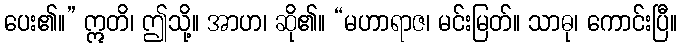
ပေး၏။” ဣတိ၊ ဤသို့။ အာဟ၊ ဆို၏။ “မဟာရာဇ၊ မင်းမြတ်။ သာဓု၊ ကောင်းပြီ။